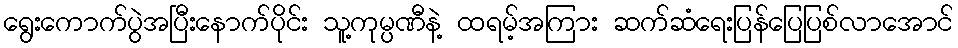
ရွေးကောက်ပွဲအပြီးနောက်ပိုင်း သူ့ကုမ္ပဏီနဲ့ ထရမ့်အကြား ဆက်ဆံရေးပြန်ပြေပြစ်လာအောင်